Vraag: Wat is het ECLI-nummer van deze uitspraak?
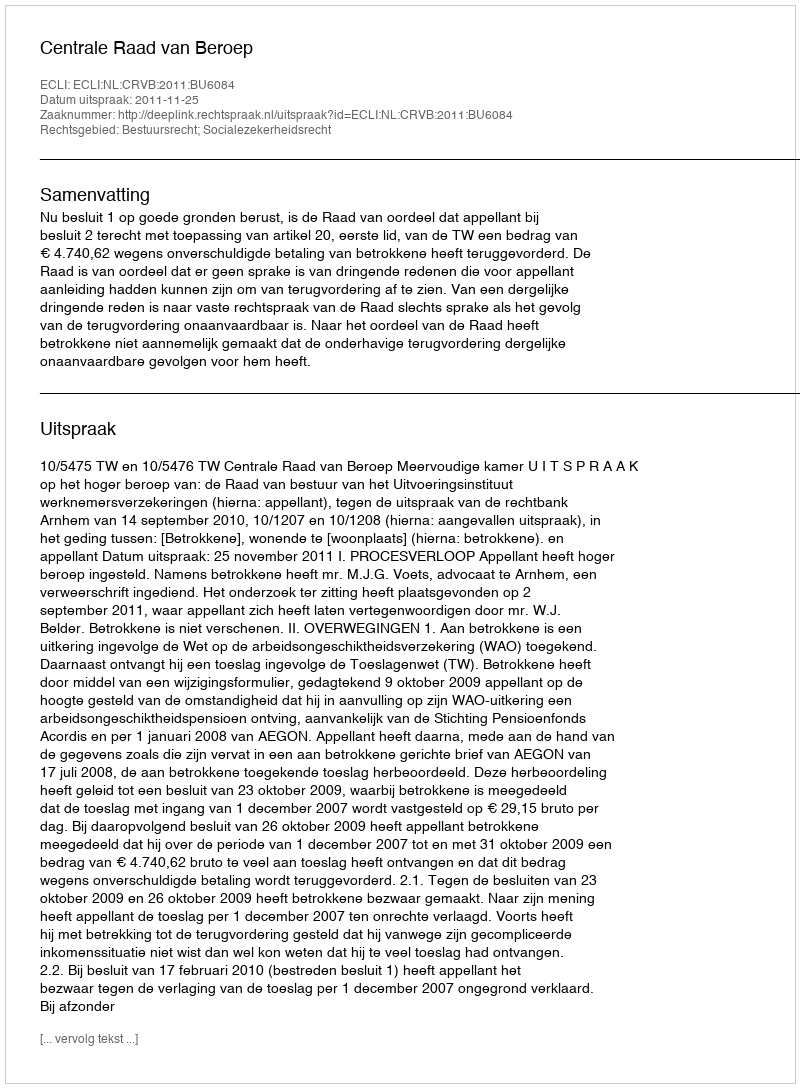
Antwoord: ECLI:NL:CRVB:2011:BU6084